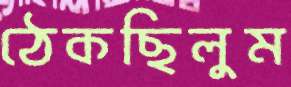
ঠেকছিলুম